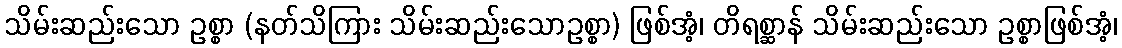
သိမ်းဆည်းသော ဥစ္စာ (နတ်သိကြား သိမ်းဆည်းသောဥစ္စာ) ဖြစ်အံ့၊ တိရစ္ဆာန် သိမ်းဆည်းသော ဥစ္စာဖြစ်အံ့၊